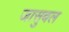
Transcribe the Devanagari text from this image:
जासुबल